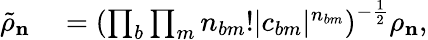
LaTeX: \begin{array}{rl}{\tilde{\rho}_{\mathbf{n}}}&{{}=\left(\prod_{b}\prod_{m}n_{bm}!|c_{bm}|^{n_{bm}}\right)^{-\frac{1}{2}}\rho_{\mathbf{n}},}\end{array}